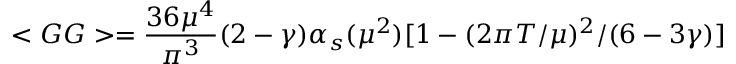
< G G > = \frac { 3 6 \mu ^ { 4 } } { \pi ^ { 3 } } ( 2 - \gamma ) \alpha _ { s } ( \mu ^ { 2 } ) [ 1 - ( 2 \pi T / \mu ) ^ { 2 } / ( 6 - 3 \gamma ) ]